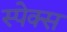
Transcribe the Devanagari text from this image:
स्पेक्स